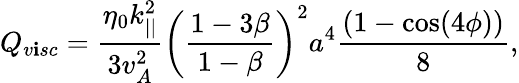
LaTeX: Q_{v\mathbf{i}sc}=\frac{{\eta_{0}k_{||}^{2}}}{{3v_{A}^{2}}}\left(\frac{{1-3\beta}}{{1-\beta}}\right)^{2}a^{4}\frac{{(1-\cos(4\phi))}}{{8}},